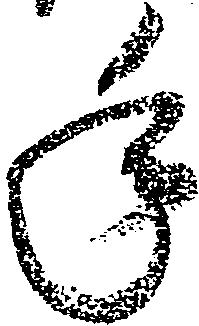
年